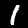
Label: 1